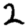
Digit: 2